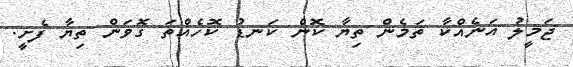
ޖަމީލު އަނެއްކާ ތަމެން ތިޔާ ކޮން ކަނޑު ކޮހެއްތަ ގޮވަން ތިޔާ ފެށީ.